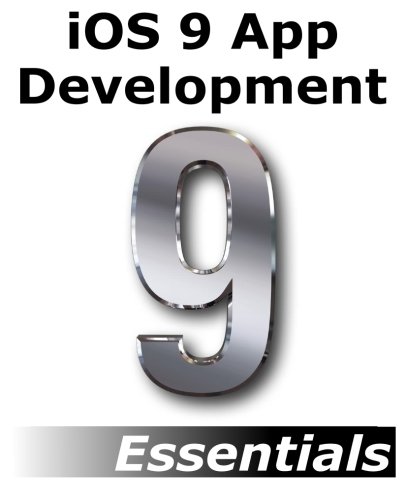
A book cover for iOS 9 App Development Essentials: Learn to Develop iOS 9 Apps Using Xcode 7 and Swift 2; Neil Smyth; Computers & Technology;